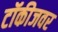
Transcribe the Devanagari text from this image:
टॉकीजवर